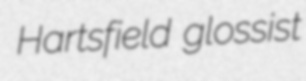
Hartsfield glossist